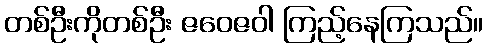
တစ်ဦးကိုတစ်ဦး ဇဝေဇဝါ ကြည့်နေကြသည်။